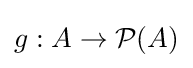
g:A\to {\mathcal {P}}(A)